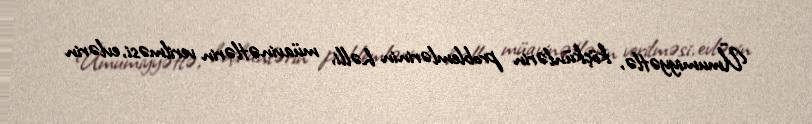
Ümumiyyətlə, köçkünlərin problemlərinin həlli, müavinətlərin verilməsi, evlərin